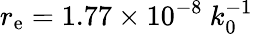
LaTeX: r_{\mathrm{e}}=1.77\times10^{-8}\ k_{0}^{-1}